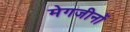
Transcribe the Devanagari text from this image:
मेगजीनों